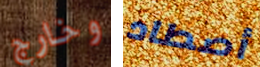
وخارج أصطاد